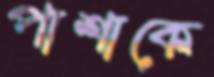
পাশাকে